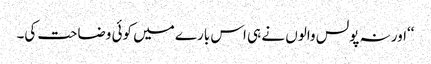
‘‘اور نہ پولس والوں نے ہی اس بارے میں کوئی وضاحت کی۔